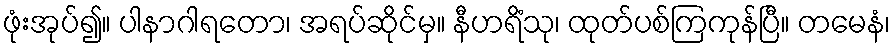
ဖုံးအုပ်၍။ ပါနာဂါရတော၊ အရပ်ဆိုင်မှ။ နီဟရိံသု၊ ထုတ်ပစ်ကြကုန်ပြီ။ တမေနံ၊